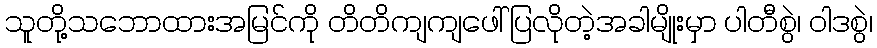
သူတို့သဘောထားအမြင်ကို တိတိကျကျဖေါ်ပြလိုတဲ့အခါမျိုးမှာ ပါတီစွဲ၊ ဝါဒစွဲ၊